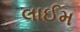
લાઈમ